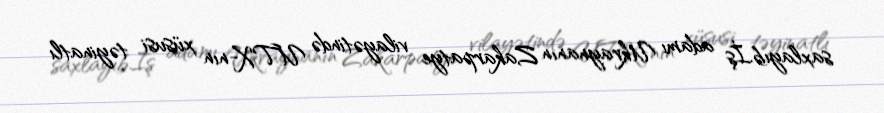
saxlayıb.İş adamı Ukraynanın Zakarpatye vilayətində UTX-nın xüsusi təyinatlı